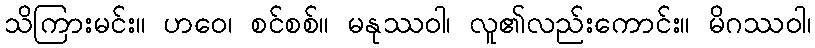
သိကြားမင်း။ ဟဝေ၊ စင်စစ်။ မနုဿဝါ၊ လူ၏လည်းကောင်း။ မိဂဿဝါ၊